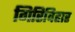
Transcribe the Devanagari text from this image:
गिरिविहार